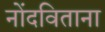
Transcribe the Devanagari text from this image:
नोंदविताना